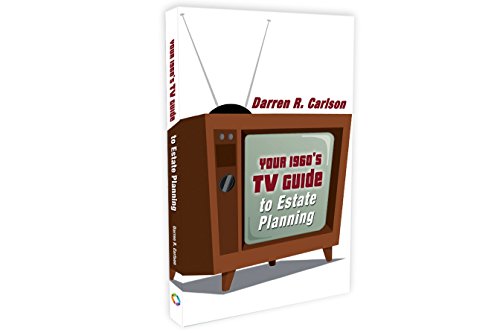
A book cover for Your 1960s TV Guide to Estate Planning; Darren R. Carlson; Business & Money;